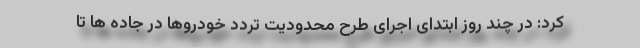
کرد: در چند روز ابتدای اجرای طرح محدودیت تردد خودروها در جاده ها تا